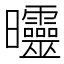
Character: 𣌟